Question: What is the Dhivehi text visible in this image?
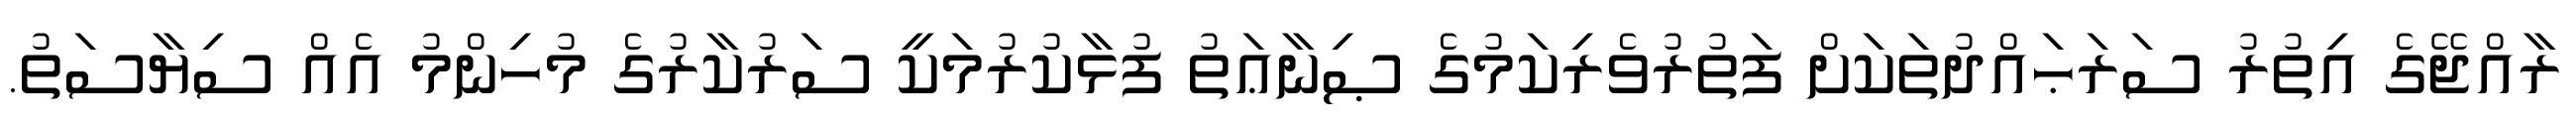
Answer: ރާއްޖޭގެ އިތުރު ސަރަޙައްދުތަކަށް ފަތުރުވެރިކަމުގެ ޞިނާޢަތު ފުޅާކުރުމަކީ ސަރުކާރުގެ މުހިންމު އެއް ސިޔާސަތު.